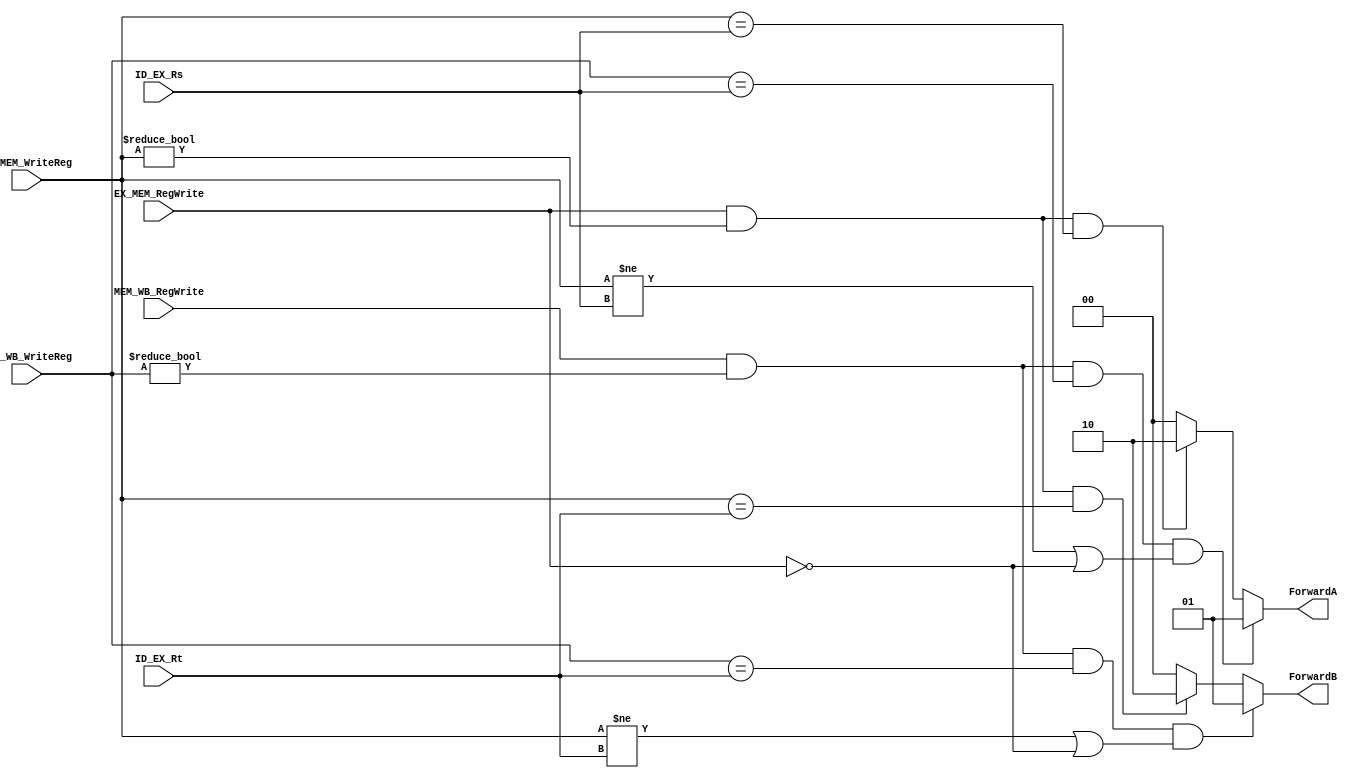
`timescale 1ns / 1ps
//////////////////////////////////////////////////////////////////////////////////
// Company: 
// Engineer: 
// 
// Design Name: 
// Module Name: Forward_control
// Project Name: 
// Target Devices: 
// Tool Versions: 
// Description: 
// 
// Dependencies: 
// 
// Revision:
// Revision 0.01 - File Created
// Additional Comments:
// 
//////////////////////////////////////////////////////////////////////////////////


module Forward_control(MEM_WB_RegWrite,MEM_WB_WriteReg,
EX_MEM_WriteReg,EX_MEM_RegWrite,ID_EX_Rs,ID_EX_Rt,
ForwardA,ForwardB
);
input [4:0] MEM_WB_WriteReg;
input MEM_WB_RegWrite;
input EX_MEM_RegWrite;
input [4:0] EX_MEM_WriteReg;
input [4:0] ID_EX_Rs;
input [4:0] ID_EX_Rt;
output [1:0] ForwardA;
output [1:0] ForwardB;
wire MEM_WB_A;
wire MEM_WB_B;
wire EX_MEM_A;
wire EX_MEM_B;
assign MEM_WB_A = (MEM_WB_RegWrite)&(MEM_WB_WriteReg!=5'b0)&(MEM_WB_WriteReg == ID_EX_Rs)&(EX_MEM_WriteReg != ID_EX_Rs||~EX_MEM_RegWrite);
                 
assign MEM_WB_B = (MEM_WB_RegWrite)&(MEM_WB_WriteReg!=5'b0)&(MEM_WB_WriteReg == ID_EX_Rt)&(EX_MEM_WriteReg != ID_EX_Rt||~EX_MEM_RegWrite);
                 
assign EX_MEM_A = (EX_MEM_RegWrite)&(EX_MEM_WriteReg!=5'b0)&(EX_MEM_WriteReg == ID_EX_Rs);
assign EX_MEM_B = (EX_MEM_RegWrite)&(EX_MEM_WriteReg!=5'b0)&(EX_MEM_WriteReg == ID_EX_Rt);
assign ForwardA = (MEM_WB_A)?2'b01: (EX_MEM_A)?2'b10:2'b00;
assign ForwardB = (MEM_WB_B)?2'b01: (EX_MEM_B)?2'b10:2'b00;
endmodule